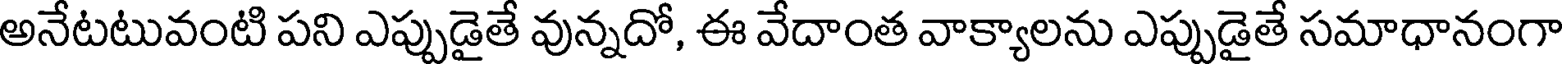
అనేటటువంటి పని ఎప్పుడైతే వున్నదో, ఈ వేదాంత వాక్యాలను ఎప్పుడైతే సమాధానంగా